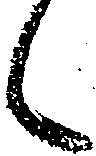
候